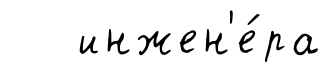
инжен'е́ра